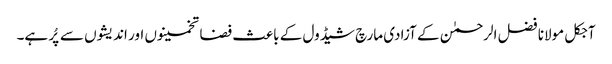
آجکل مولانا فضل الرحمٰن کے آزادی مارچ شیڈول کے باعث فضا تخمینوں اور اندیشوں سے پُر ہے۔